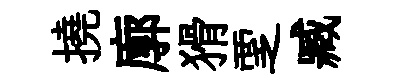
撓廓猾覂臧